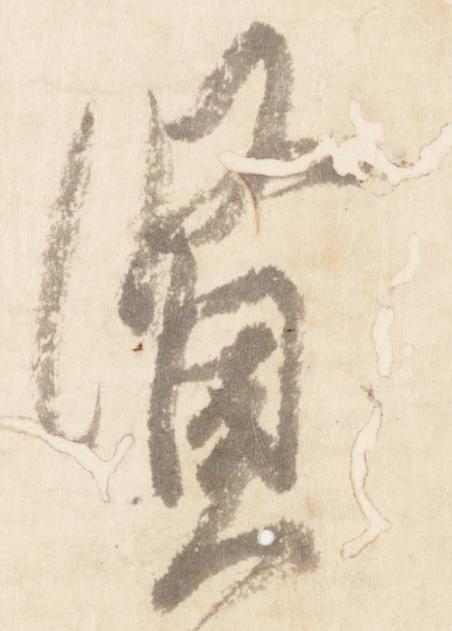
賢